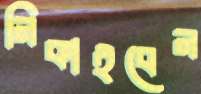
নিকাইবেন